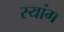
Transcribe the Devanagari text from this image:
स्‍यांग